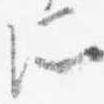
所